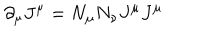
\partial _ { \mu } J ^ { \mu } = N _ { \mu } N _ { \nu } J ^ { \mu } J ^ { \mu }